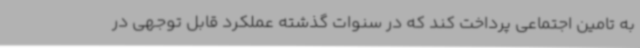
به تامین اجتماعی پرداخت کند که در سنوات گذشته عملکرد قابل توجهی در